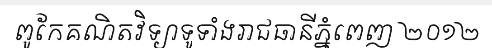
ពូកែគណិតវិទ្យាទូទាំងរាជធានីភ្នំពេញ ២០១២